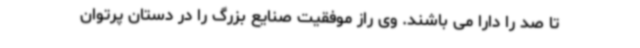
تا صد را دارا می باشند. وی راز موفقیت صنایع بزرگ را در دستان پرتوان